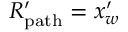
R _ { \mathrm { p a t h } } ^ { \prime } = x _ { w } ^ { \prime }